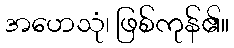
အဟေသုံ၊ ဖြစ်ကုန်၏။